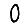
Digit: 0